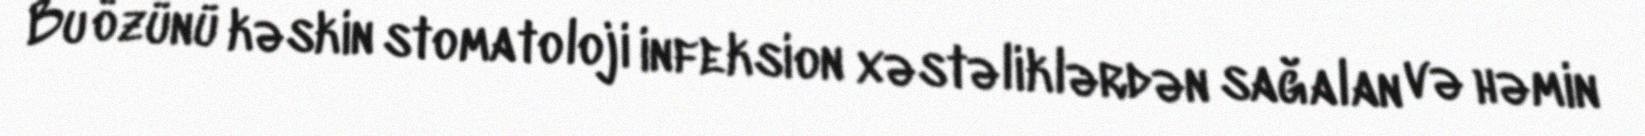
Bu özünü kəskin stomatoloji infeksion xəstəliklərdən sağalan və həmin